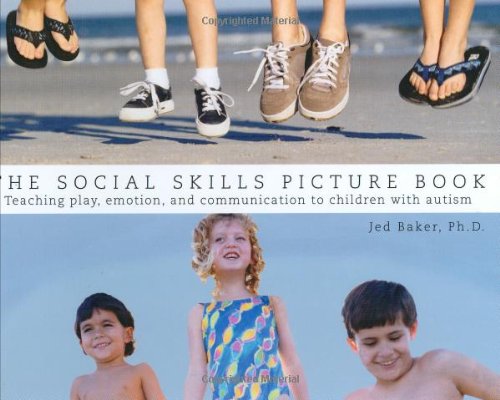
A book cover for The Social Skills Picture Book Teaching play, emotion, and communication to children with autism; Jed Baker; Education & Teaching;